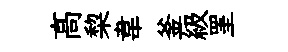
髙棃韋釜級罣